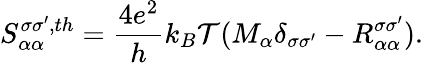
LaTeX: S_{\alpha\alpha}^{\sigma\sigma^{\prime},th}=\frac{4e^{2}}{h}k_{B}\mathcal{T}(M_{\alpha}\delta_{\sigma\sigma^{\prime}}-R_{\alpha\alpha}^{\sigma\sigma^{\prime}}).